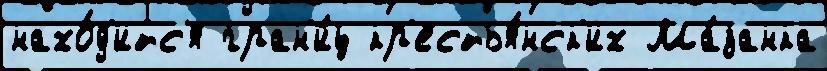
нахо́д'итс'я гран'и́ц кр'естья́нск'их Ма́занка